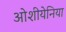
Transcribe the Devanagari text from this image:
ओशीयेनिया